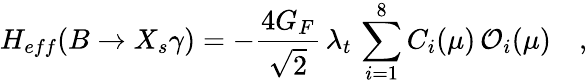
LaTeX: H_{eff}(B\to X_{s}\gamma)=-\frac{4G_{F}}{\sqrt{2}}\, \lambda_{t}\, \sum_{i=1}^{8}C_{i}(\mu)\, {\cal O}_{i}(\mu)\quad,